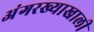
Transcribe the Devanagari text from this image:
अंगरख्याखाली